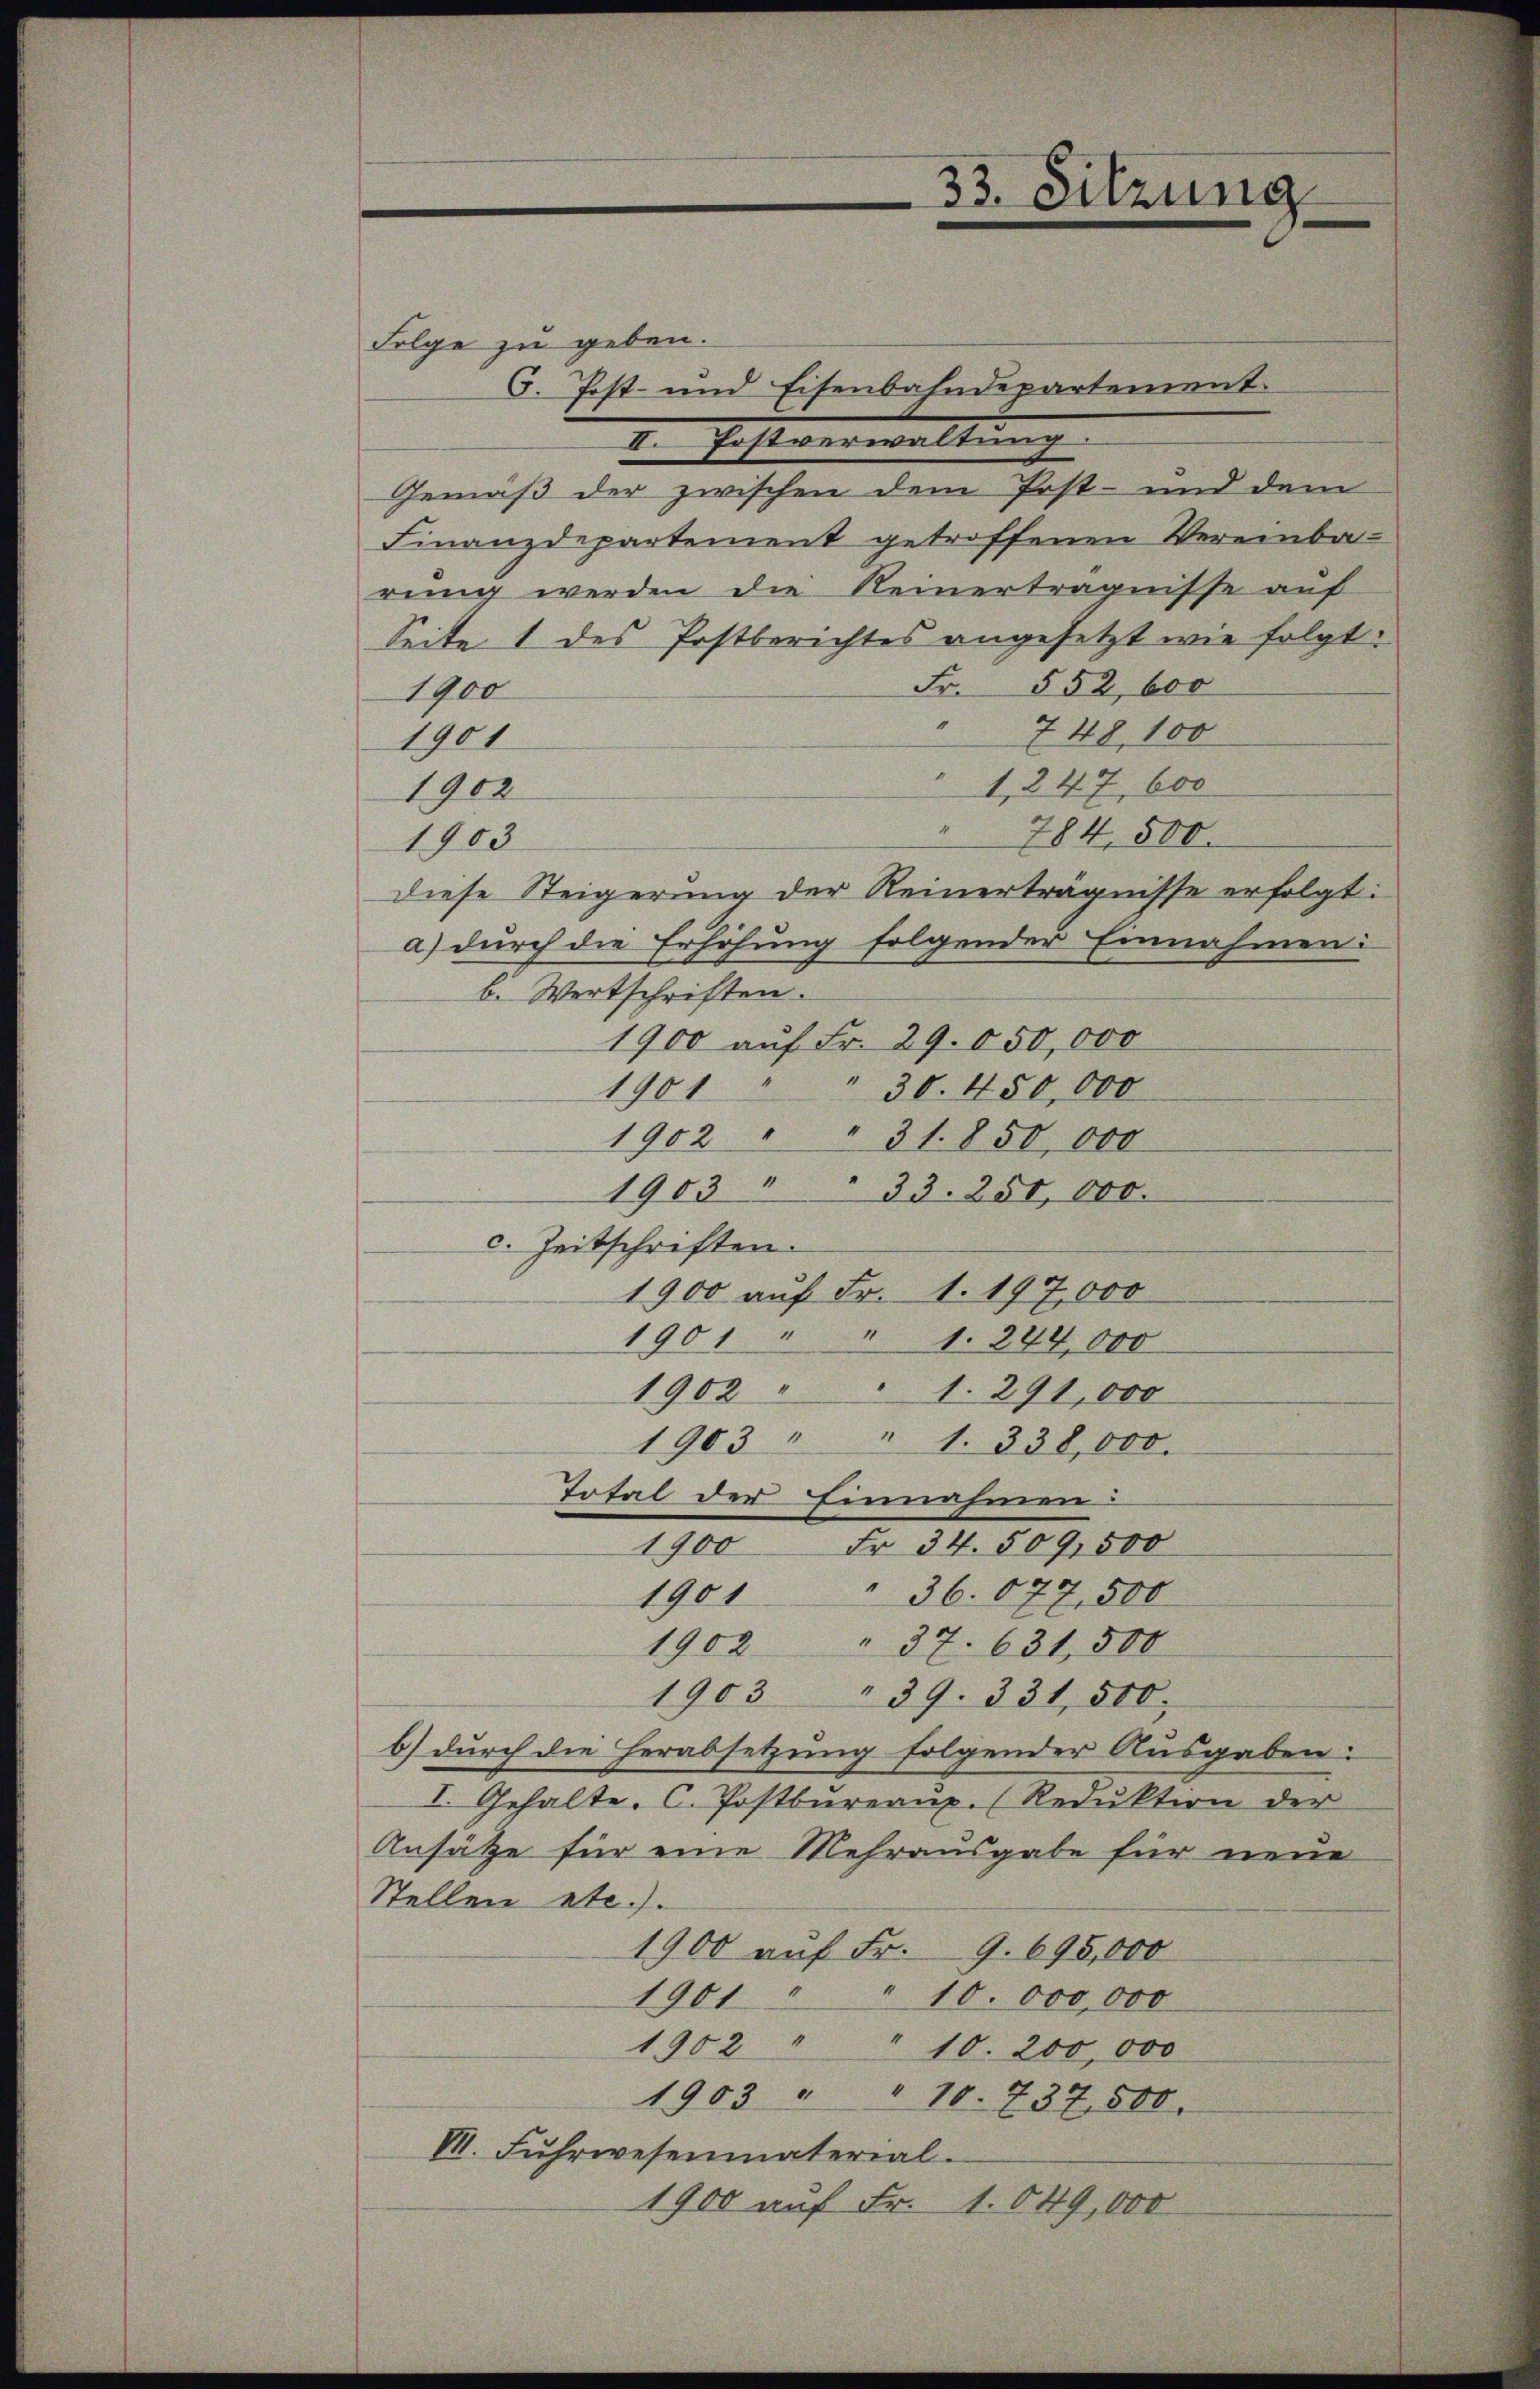
Folge zu geben.
C. Post- und Eisenbahndepartement.
I. Fast verwaltung |
Gemäß der zwischen dem Post- und dem
Finanzdepartement getroffenen Vereinba-
rung werden die Reinerträgnisse auf
Seite 1 des Postberichtes angesetzt wie folgt:
Fr. 552, 600
1900
748, 100
1901
" 1, 247, 600
1902
4
784, 500.
1903
Diese Steigerung der Reinerträgnisse erfolgt:
a) durch die Erhöhung folgender Einnahmen:
b. Wertschriften.
1900 auf Fr. 29. 050,000
30. 450,000
1901
1902 " " 31. 850 000
1903 " 33. 250,000.
c. Zeitschriften.
1900 auf Fr. 1. 197,000
1901 " " 1. 244,000
1902 " " 1. 291,000
1903 " " 1. 338,000.
Total der Einnahmen:
1900 Fr. 34. 509,500
" 36. 677, 500
1901
1902 " 37. 631,500
1903 " 39. 331, 500
b) durch die Herabsetzung folgender Ausgaben:
I. Gehalte. C. Postbureaux. (Reduktion der
Ansätze für eine Mehrausgabe für neue
Stellen etc.).
1900 auf Fr. 9. 695,000
1901 " " 10. 000,000
1902 " " 10. 200,000
1903 " " 10. 737,500.
VII. Fuhrwesenmaterial.
1900 auf Fr. 1049,000

33. Sitzung